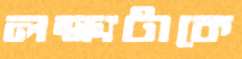
লক্ষ্যটাকে